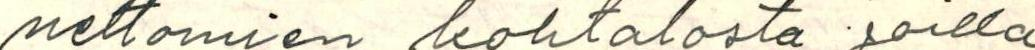
nettomien kohtalosta, joilla